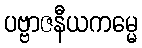
ပဗ္ဗာဇနီယကမ္မေ